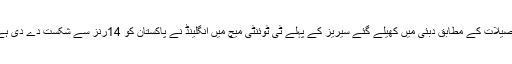
تفصیلات کے مطابق دبئی میں کھیلے گئے سیریز کے پہلے ٹی ٹوئنٹی میچ میں انگلینڈ نے پاکستان کو 14رنز سے شکست دے دی ہے۔